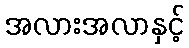
အလားအလာနှင့်